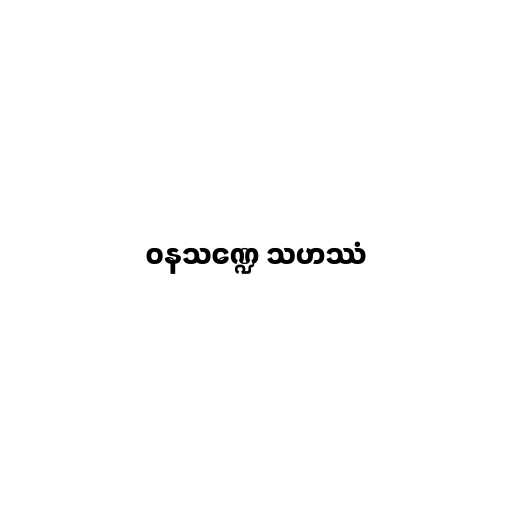
ဝနသဏ္ဍေ သဟဿံ